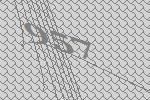
957